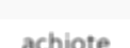
achiote